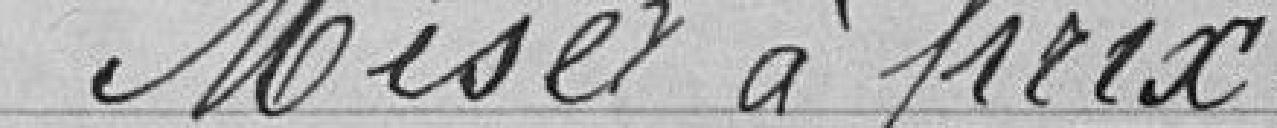
Mises à prix.